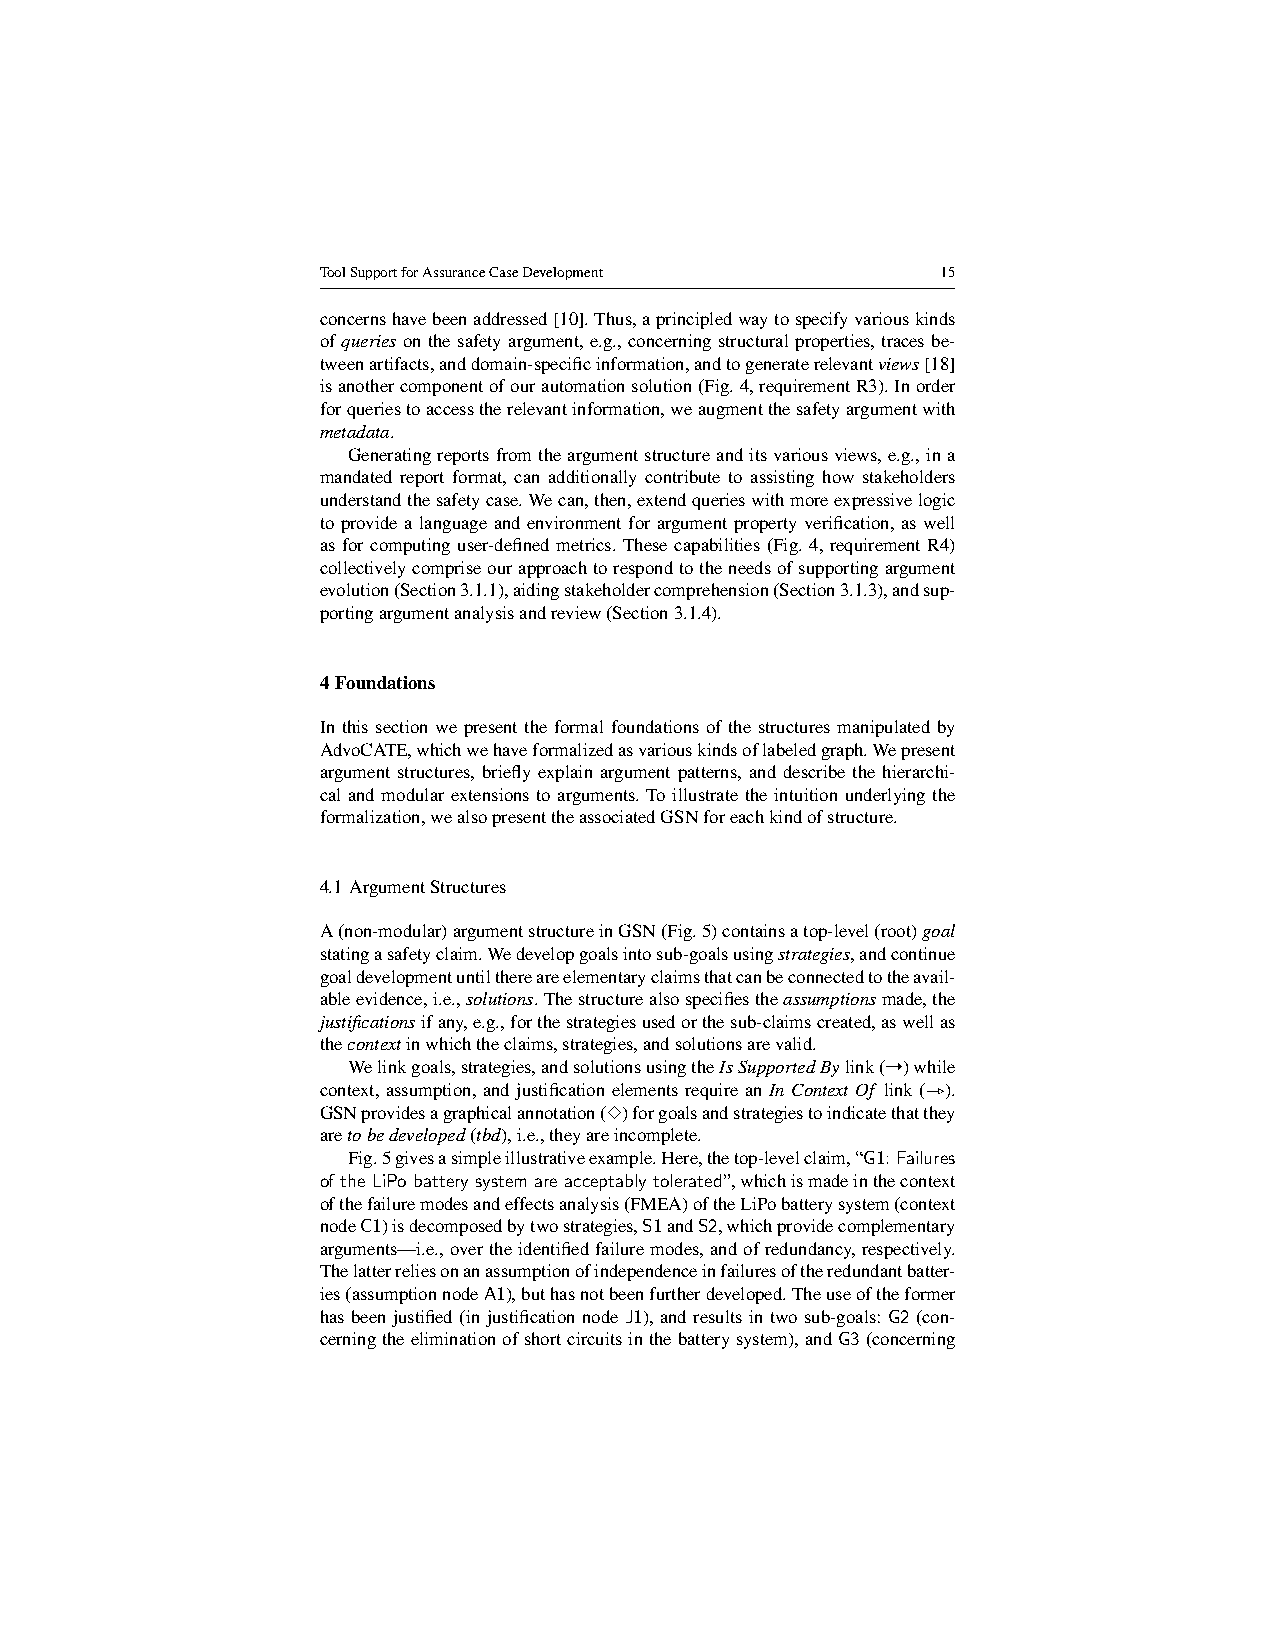
ToolSupportforAssuranceCaseDevelopment   15
 concernshavebeenaddressed[10].Thus,aprincipledwaytospecifyvariouskinds
 ofqueriesonthesafetyargument,e.g.,concerningstructuralproperties,tracesbe-
 tweenartifacts,anddomain-specificinformation,andtogeneraterelevantviews[18]
 isanothercomponentofourautomationsolution(Fig.4,requirementR3).Inorder
 forqueriestoaccesstherelevantinformation,weaugmentthesafetyargumentwith
 metadata.
 Generatingreportsfromtheargumentstructureanditsvariousviews,e.g.,ina
 mandated report format, can additionally contribute to assisting how stakeholders
 understandthesafetycase.Wecan,then,extendquerieswithmoreexpressivelogic
 to provide a language and environment for argument property verification, as well
 as for computing user-defined metrics. These capabilities (Fig. 4, requirement R4)
 collectivelycompriseourapproachtorespondtotheneedsofsupportingargument
 evolution(Section3.1.1),aidingstakeholdercomprehension(Section3.1.3),andsup-
 portingargumentanalysisandreview(Section3.1.4).
 4 Foundations
 In this section we present the formal foundations of the structures manipulated by
 AdvoCATE,whichwehaveformalizedasvariouskindsoflabeledgraph.Wepresent
 argument structures, briefly explain argument patterns, and describe the hierarchi-
 cal and modular extensions to arguments. To illustrate the intuition underlying the
 formalization,wealsopresenttheassociatedGSNforeachkindofstructure.
 4.1 ArgumentStructures
 A(non-modular)argumentstructureinGSN(Fig.5)containsatop-level(root)goal
 statingasafetyclaim.Wedevelopgoalsintosub-goalsusingstrategies,andcontinue
 goaldevelopmentuntilthereareelementaryclaimsthatcanbeconnectedtotheavail-
 ableevidence,i.e.,solutions.Thestructurealsospecifiestheassumptionsmade,the
 justificationsifany,e.g.,forthestrategiesusedorthesub-claimscreated,aswellas
 thecontextinwhichtheclaims,strategies,andsolutionsarevalid.
 Welinkgoals,strategies,andsolutionsusingtheIsSupportedBylink(›)while
 context, assumption, and justification elements require an In Context Of link ( ).
 GSNprovidesagraphicalannotation(3)forgoalsandstrategiestoindicatethatthey
 aretobedeveloped(tbd),i.e.,theyareincomplete. _
 Fig.5givesasimpleillustrativeexample.Here,thetop-levelclaim,“G1:Failures
 oftheLiPobatterysystemareacceptablytolerated”,whichismadeinthecontext
 ofthefailuremodesandeffectsanalysis(FMEA)oftheLiPobatterysystem(context
 nodeC1)isdecomposedbytwostrategies,S1andS2,whichprovidecomplementary
 arguments—i.e.,overtheidentifiedfailuremodes,andofredundancy,respectively.
 Thelatterreliesonanassumptionofindependenceinfailuresoftheredundantbatter-
 ies(assumptionnodeA1),buthasnotbeenfurtherdeveloped.Theuseoftheformer
 hasbeenjustified(injustificationnodeJ1),andresultsintwosub-goals:G2(con-
 cerningtheeliminationofshortcircuitsinthebatterysystem),andG3(concerning